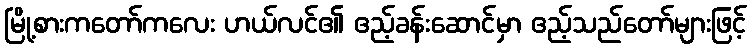
မြို့စားကတော်ကလေး ဟယ်လင်၏ ဧည့်ခန်းဆောင်မှာ ဧည့်သည်တော်များဖြင့်